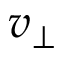
v _ { \perp }